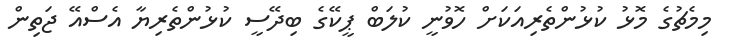
މިމެޗުގެ މޮޅު ކުޅުންތެރިއަކަށް ހޮވުނީ ކުލަބް ޕީކޭގެ ބިދޭސީ ކުޅުންތެރިޔާ އެސްއޭ ޖަތިން